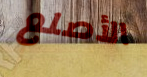
الأصلع